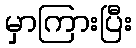
မှာကြားပြီး